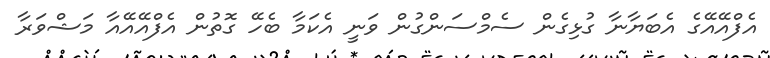
އެފްއޭއޭގެ އެބަޔާނާ ގުޅިގެން ސެމްސަންގުން ވަނީ އެކަމާ ބެހޭ ގޮތުން އެފްއޭއޭއާ މަޝްވަރާ